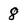
Character: 8